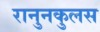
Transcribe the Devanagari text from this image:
रानुनकुलस